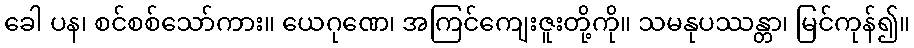
ခေါ ပန၊ စင်စစ်သော်ကား။ ယေဂုဏေ၊ အကြင်ကျေးဇူးတို့ကို။ သမနုပဿန္တာ၊ မြင်ကုန်၍။